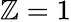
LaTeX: \mathbb{Z}=1